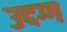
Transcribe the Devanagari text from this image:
उदग्ग